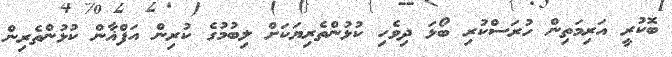
ބޮކުރީ އަރިމަތިން ހުރަސްކުރި ބޯޅަ ދިވެހި ކުޅުންތެރިޔަކަށް ލިބުމުގެ ކުރިން އަފްޣާން ކުޅުންތެރިން